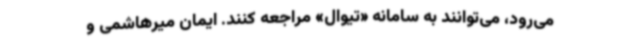
می‌رود، می‌توانند به سامانه «تیوال» مراجعه کنند. ایمان میرهاشمی و